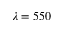
\lambda = 5 5 0